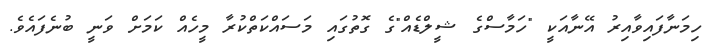
ހިމަނާފައިވާއިރު އޭނާއަކީ "ހަމާސްގެ ޝީލްޑެއް"ގެ ގޮތުގައި މަސައްކަތްކުރާ މީހެއް ކަމަށް ވަނީ ބުނެފައެވެ.